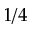
1 / 4